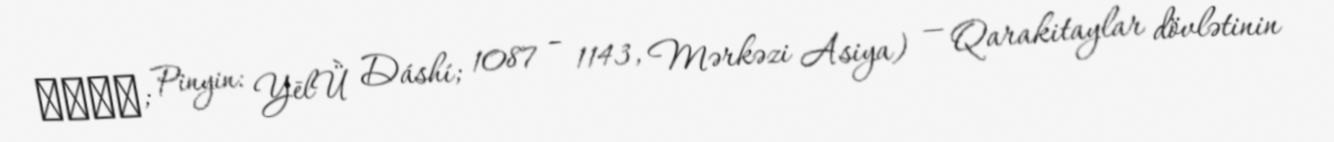
耶律達實; Pinyin: Yēlǜ Dáshí; 1087 – 1143, Mərkəzi Asiya) — Qarakitaylar dövlətinin